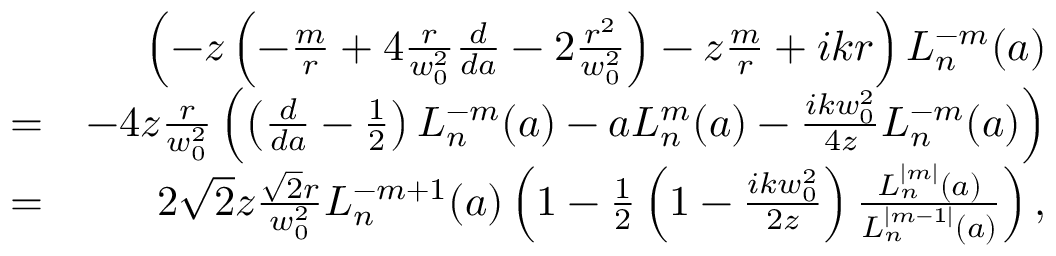
\begin{array} { r l r } & { } & { \left( - z \left( - \frac { m } { r } + 4 \frac { r } { w _ { 0 } ^ { 2 } } \frac { d } { d a } - 2 \frac { r ^ { 2 } } { w _ { 0 } ^ { 2 } } \right) - z \frac { m } { r } + i k r \right) L _ { n } ^ { - m } ( a ) } \\ & { = } & { - 4 z \frac { r } { w _ { 0 } ^ { 2 } } \left( \left( \frac { d } { d a } - \frac { 1 } { 2 } \right) L _ { n } ^ { - m } ( a ) - a L _ { n } ^ { m } ( a ) - \frac { i k w _ { 0 } ^ { 2 } } { 4 z } L _ { n } ^ { - m } ( a ) \right) } \\ & { = } & { 2 \sqrt { 2 } z \frac { \sqrt { 2 } r } { w _ { 0 } ^ { 2 } } L _ { n } ^ { - m + 1 } ( a ) \left( 1 - \frac { 1 } { 2 } \left( 1 - \frac { i k w _ { 0 } ^ { 2 } } { 2 z } \right) \frac { L _ { n } ^ { | m | } ( a ) } { L _ { n } ^ { | m - 1 | } ( a ) } \right) , } \end{array}